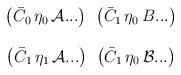
LaTeX: \begin{align*}\begin{array}{cc}\left( \bar{C}_{0}\, \eta_{0}\, {\cal A} ... \right) \; \, \left( \bar{C}_{1}\, \eta_{0}\, B ... \right)\\ \\ \left( \bar{C}_{1}\, \eta_{1}\, {\cal A} ... \right) \; \, \left( \bar{C}_{1}\, \eta_{0}\, {\cal B} ... \right) \\ \end{array}\end{align*}